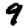
Digit: 9